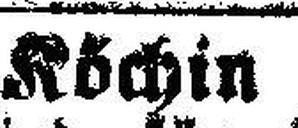
Köchin.